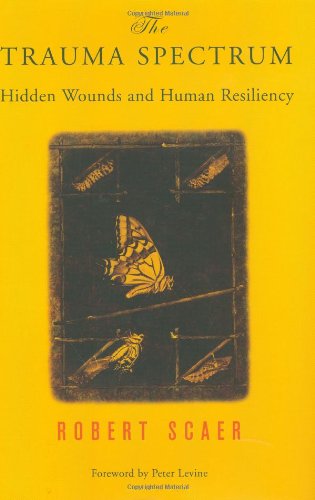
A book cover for The Trauma Spectrum: Hidden Wounds and Human Resiliency; Robert Scaer; Health, Fitness & Dieting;